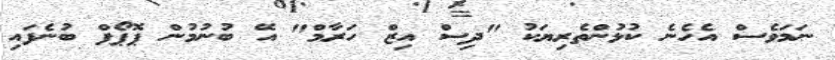
ނަމަވެސް އެހެނެ ކުޅުންތެރިޔަކު "ދިސް އިޒް ހަރާމް" އޭ ބުނުމުން ޕޮޕޯފް ބުނެފައި